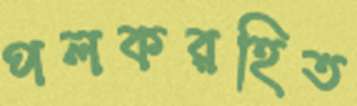
পলকরহিত